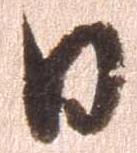
日